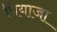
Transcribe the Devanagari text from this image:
पियाजा